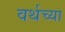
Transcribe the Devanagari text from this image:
वर्थच्या